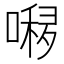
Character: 𱔏